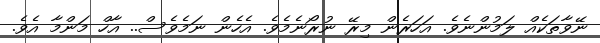
ނޭވާތަކެއް ލަމުންނެވެ. އަހަރެން މިރޭ ނުރޯނެމެވެ. އެހެން ނަމެވެސް.. އާހް މަންމާ އެވެ.